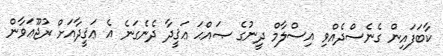
ކާބަފައިން ގެނެސްދެއްވި އިސްލާމް ދީނުގެ ޞައްޙަ ޢަޤީދާ ދެނެގަނެ އެ ޢަޤީދާއަށް ރުޖޫޢަވާން